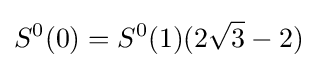
S^{0}(0)=S^{0}(1)(2{\sqrt {3}}-2)